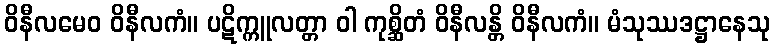
ဝိနီလမေဝ ဝိနီလကံ။ ပဋိက္ကူလတ္တာ ဝါ ကုစ္ဆိတံ ဝိနီလန္တိ ဝိနီလကံ။ မံသုဿဒဋ္ဌာနေသု